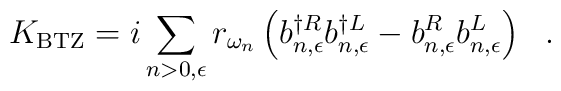
K_{\rm{BTZ}} = i \sum_{n>0,\epsilon} r_{\omega_n}\left(b^{\dagger R}_{n, \epsilon}b^{\dagger L}_{n, \epsilon} -b^{R}_{n, \epsilon}b^{L}_{n, \epsilon} \right)\ \ .